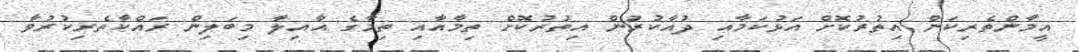
އީމާންތެރިކަން އިތުރުކޮށް އަޅުކަމާއި ދުއާކުރުން އިތުރުކޮށް ތިމާއާއި ތިމާގެ އާއިލާ މިބަލިން ރައްކާތެރިކުރުވާ